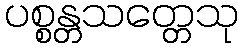
ပစ္စန္တသတ္တေသု